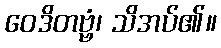
ဝေဒိတဗ္ဗံ၊ သိအပ်၏။